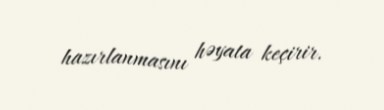
hazırlanmasını həyata keçirir.